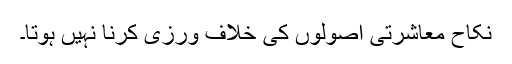
نکاح معاشرتی اصولوں کی خلاف ورزی کرنا نہیں ہوتا۔